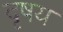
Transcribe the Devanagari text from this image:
दृषय